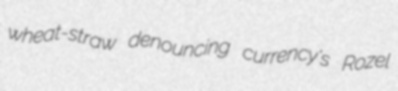
wheat-straw denouncing currency's Rozel